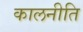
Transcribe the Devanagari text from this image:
कालनीति